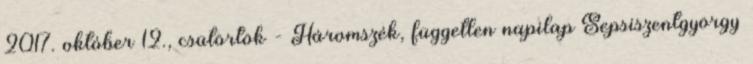
2017. október 12., csütörtök - Háromszék, független napilap Sepsiszentgyörgy